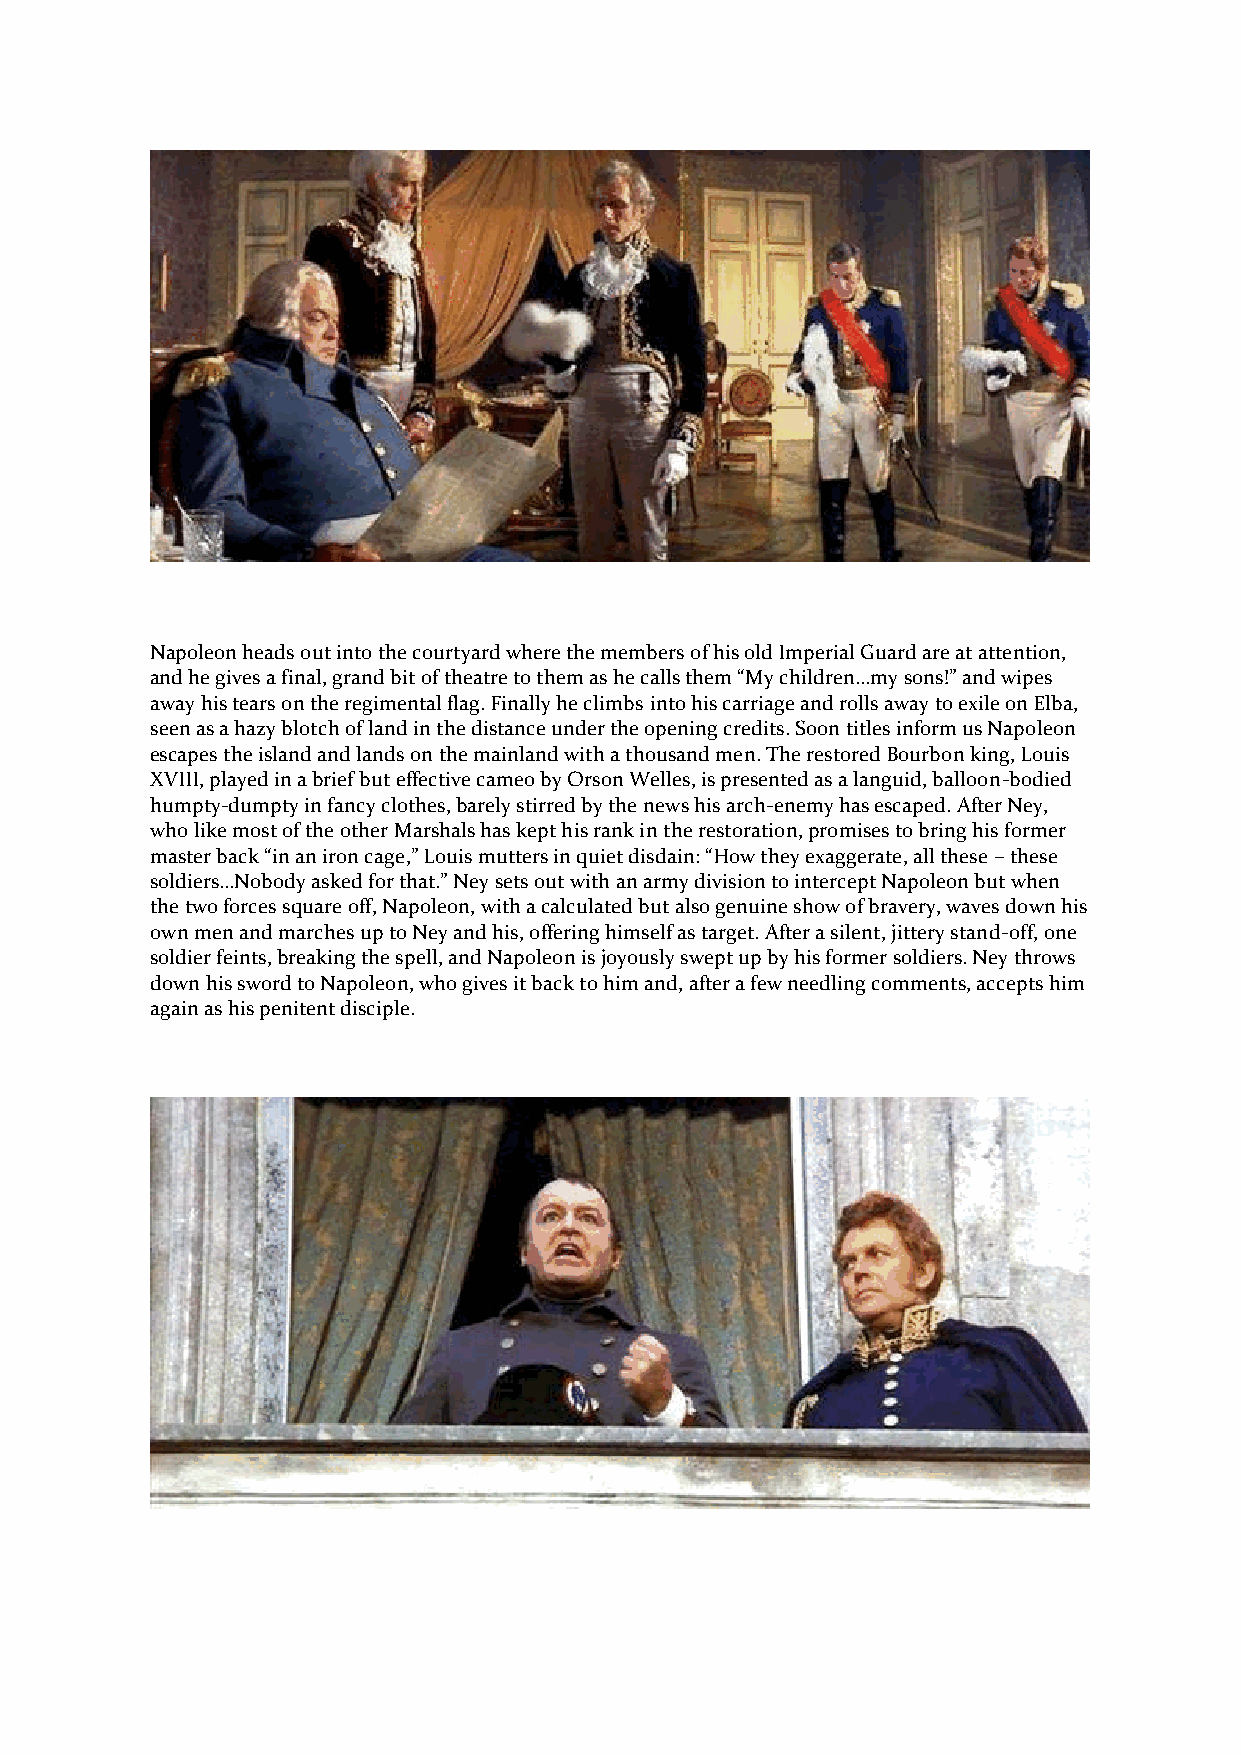
Napoleon heads out into the courtyard where the members of his old Imperial Guard are at attention,
 and he gives a final, grand bit of theatre to them as he calls them “My children…my sons!” and wipes
 away his tears on the regimental flag. Finally he climbs into his carriage and rolls away to exile on Elba,
 seen as a hazy blotch of land in the distance under the opening credits. Soon titles inform us Napoleon
 escapes the island and lands on the mainland with a thousand men. The restored Bourbon king, Louis
 XVIII, played in a brief but effective cameo by Orson Welles, is presented as a languid, balloon-bodied
 humpty-dumpty in fancy clothes, barely stirred by the news his arch-enemy has escaped. After Ney,
 who like most of the other Marshals has kept his rank in the restoration, promises to bring his former
 master back “in an iron cage,” Louis mutters in quiet disdain: “How they exaggerate, all these – these
 soldiers…Nobody asked for that.” Ney sets out with an army division to intercept Napoleon but when
 the two forces square off, Napoleon, with a calculated but also genuine show of bravery, waves down his
 own men and marches up to Ney and his, offering himself as target. After a silent, jittery stand-off, one
 soldier feints, breaking the spell, and Napoleon is joyously swept up by his former soldiers. Ney throws
 down his sword to Napoleon, who gives it back to him and, after a few needling comments, accepts him
 again as his penitent disciple.